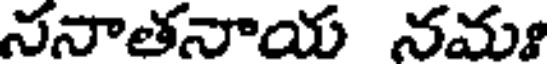
ననాతనాయ నమః